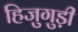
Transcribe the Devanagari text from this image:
हिजुगुड़ी